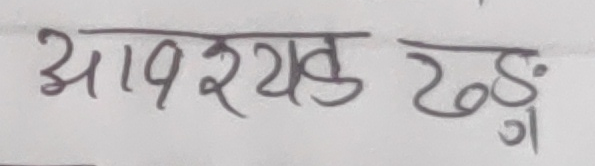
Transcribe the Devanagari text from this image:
आवश्यक खङग